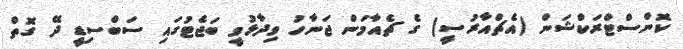
ކޮންސްޓްރަކްޝަން (އެޗްއާރުސީ) ގެ ޗެއާމަން ޖަނާހު ވިދާޅުވީ ބަޖެޓުގައި ސަބްސިޑީ ދޭ ގޮތް